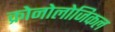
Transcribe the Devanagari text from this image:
क्रोनोलोजिकल